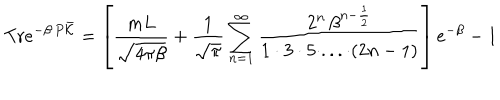
LaTeX: \mathrm { T r } e ^ { - \beta \, P \bar { \cal K } } = \left[ \frac { m L } { \sqrt { 4 \pi \beta } } + \frac { 1 } { \sqrt { \pi } } \sum _ { n = 1 } ^ { \infty } \frac { 2 ^ { n } \, \beta ^ { n - \frac { 1 } { 2 } } } { 1 \cdot 3 \cdot 5 \cdot . . . \cdot ( 2 n - 1 ) } \right] e ^ { - \beta } - 1